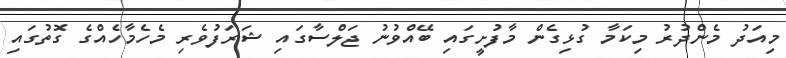
މިއަދު މެންދުރު މިކަމާ ގުޅިގެން މާފުށީގައި ބޭއްވުނު ޖަލްސާގައި ޝަރަފުވެރި މެހެމާހެއްގެ ގޮތުގައި